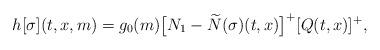
LaTeX: \begin{align*}h [ \sigma ] (t,x,m) = g_{0}(m)\big[N_1-\widetilde{N}(\sigma)(t,x) \big]^{+} [Q (t,x) ]^{+} ,\end{align*}